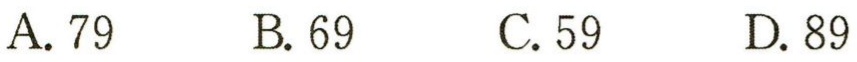
A. 79  B. 69  C. 59  D. 89